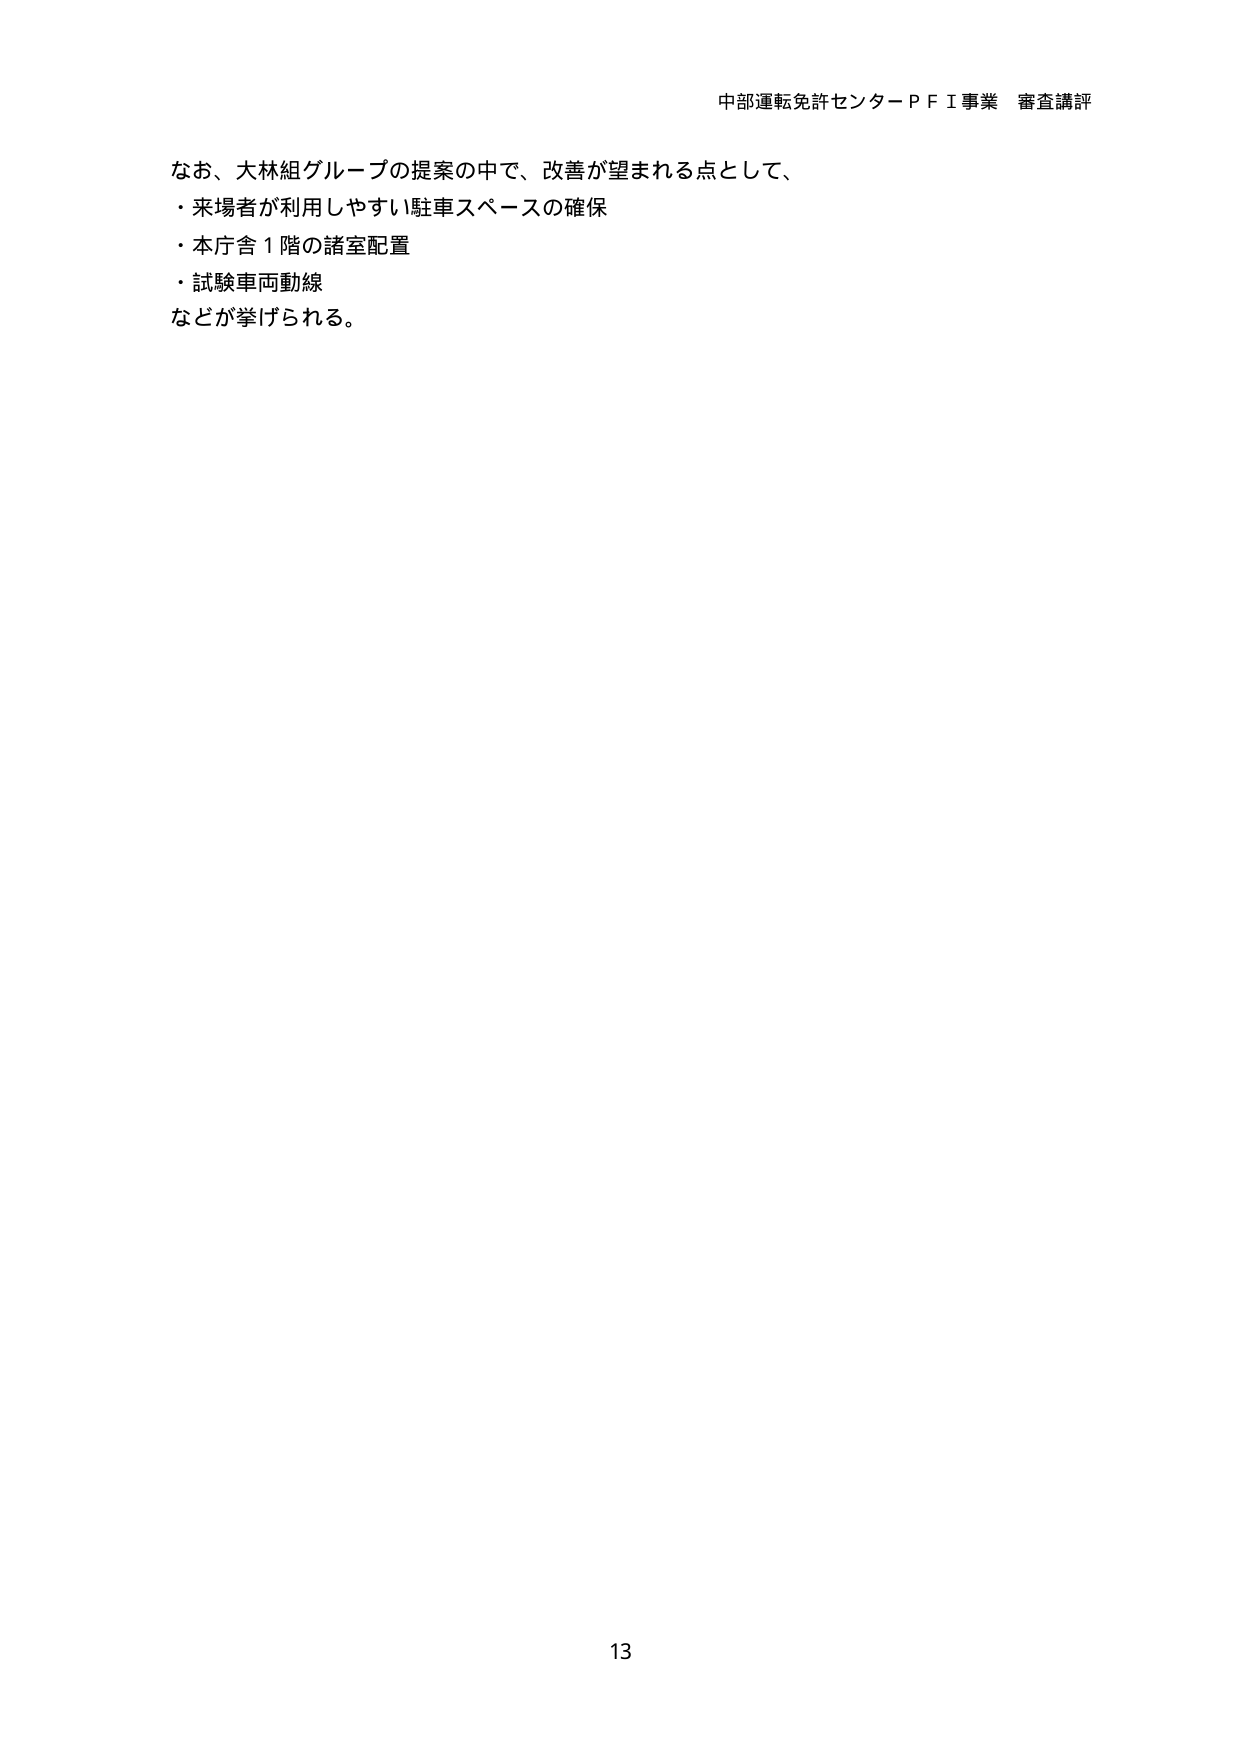
中部運転免許センターＰＦＩ事業 審査講評

なお、大林組グループの提案の中で、改善が望まれる点として、
・来場者が利用しやすい駐車スペースの確保
・本庁舎１階の諸室配置
・試験車両動線
などが挙げられる。

13